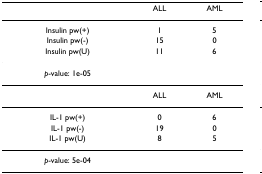
|  | ALL | AML |
 | --- | --- | --- |
 | Insulin pw(+) | 1 | 5 |
 | Insulin pw(-) | 15 | 0 |
 | Insulin pw(U) | 11 | 6 |
 | p-value: 1e-05 |  |  |
 |  | ALL | AML |
 | IL-1 pw(+) | 0 | 6 |
 | IL-1 pw(-) | 19 | 0 |
 | IL-1 pw(U) | 8 | 5 |
 | p-value: 5e-04 |  |  |